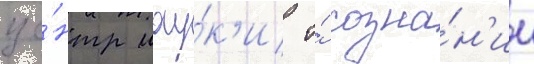
це́нтр нау́к'и о́ созна́н'ии